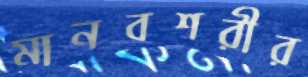
মানবশরীর